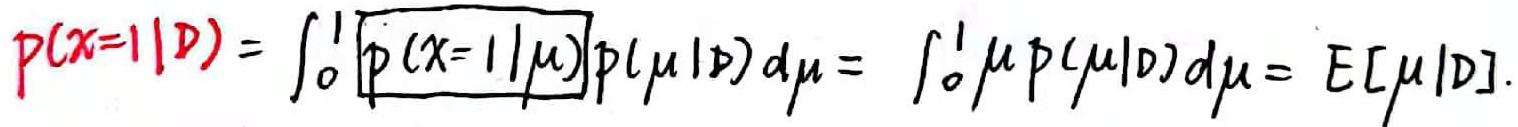
$P(x = 1|D)=\int_{0}^{1} \boxed{p(x = 1|\mu)} p(\mu|D) d\mu=\int_{0}^{1} \mu p(\mu|D) d\mu=E[\mu|D].$